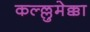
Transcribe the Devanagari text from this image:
कल्ल्लुमेक्का